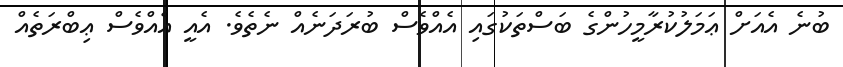
ބުނެ އެއަށް ޢަމަލުކުރާމީހުންގެ ބަސްތަކުގައި އެއްވެސް ބުރަދަނެއް ނެތެވެ. އެއީ އެއްވެސް ޢިބްރަތެއް